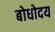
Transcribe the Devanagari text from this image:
बोधोदय